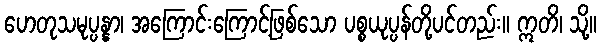
ဟေတုသမုပ္ပန္နာ၊ အကြောင်းကြောင့်ဖြစ်သော ပစ္စယုပ္ပန်တို့ပင်တည်း။ ဣတိ၊ သို့။